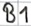
Text: B1